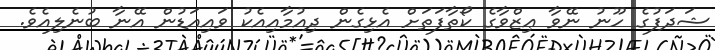
ޝަދަފުގެ ހޫނު ނޭވާ ޢިޒްވާގެ ކޯތާފަތަށް އެޅިގެން ދިއުމާއިއެކު ވައިއަޑުން އޭނާ ބުނެލިއެވެ.